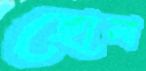
ছোলা